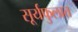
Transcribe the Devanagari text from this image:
सूर्यफुलात